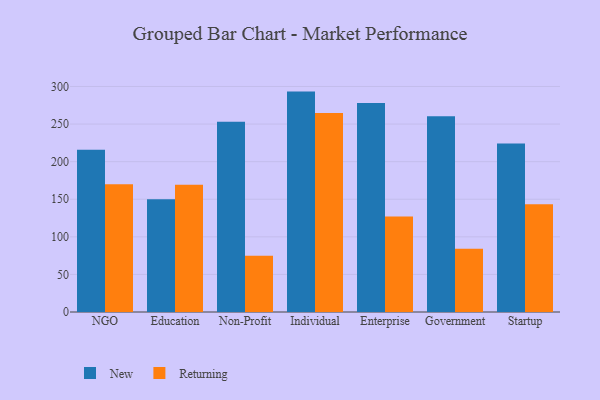
{"axis": {"x": "Segment", "y": "Bounce Rate (%)"}, "legend": ["New", "Returning"], "data": [{"x": "NGO", "y": 216.0, "type": "New"}, {"x": "NGO", "y": 169.9, "type": "Returning"}, {"x": "Education", "y": 150.1, "type": "New"}, {"x": "Education", "y": 169.2, "type": "Returning"}, {"x": "Non-Profit", "y": 253.0, "type": "New"}, {"x": "Non-Profit", "y": 74.8, "type": "Returning"}, {"x": "Individual", "y": 293.2, "type": "New"}, {"x": "Individual", "y": 264.6, "type": "Returning"}, {"x": "Enterprise", "y": 278.2, "type": "New"}, {"x": "Enterprise", "y": 127.0, "type": "Returning"}, {"x": "Government", "y": 260.5, "type": "New"}, {"x": "Government", "y": 84.0, "type": "Returning"}, {"x": "Startup", "y": 224.2, "type": "New"}, {"x": "Startup", "y": 143.5, "type": "Returning"}]}